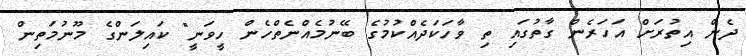
ދެން އިތުރަށް އަހަރެން ގާތުގައި ތި ވާހަކަދެއްކުމުގެ ބޭނުމެއްނެތްހެން ހީވަނީ" ކައިލަންގެ މޫނުމަތިން